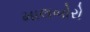
માલબોરો